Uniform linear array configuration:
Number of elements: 12
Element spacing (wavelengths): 0.25
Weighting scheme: blackman
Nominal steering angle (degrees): -60
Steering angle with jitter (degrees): -60.463
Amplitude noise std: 0.05
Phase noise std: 0.05

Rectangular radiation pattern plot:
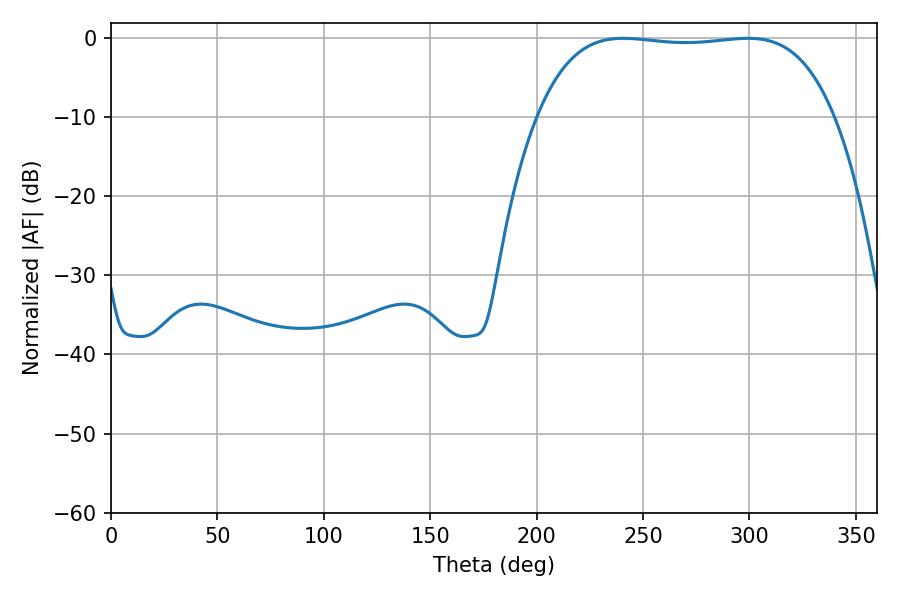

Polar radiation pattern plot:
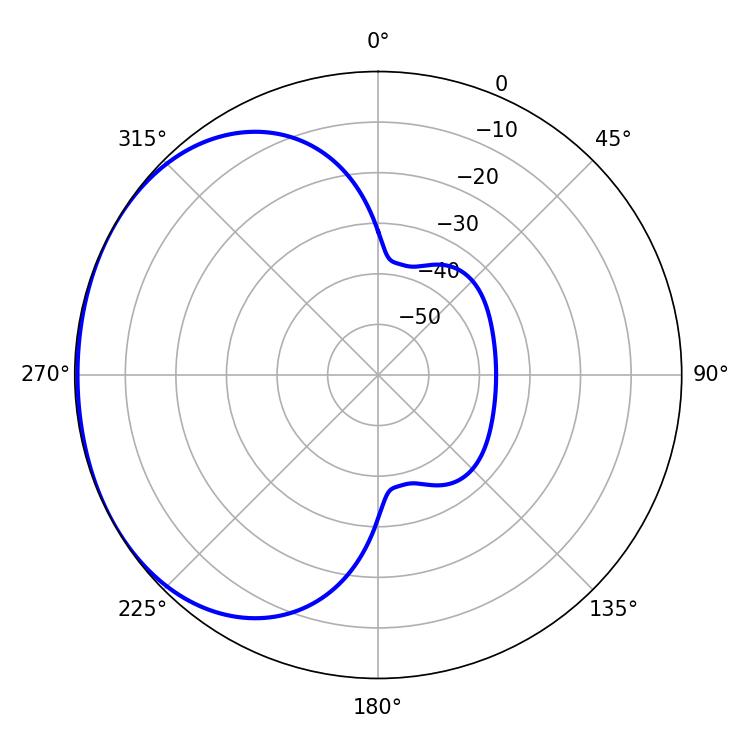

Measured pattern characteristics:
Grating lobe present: FALSE
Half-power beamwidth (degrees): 109.8
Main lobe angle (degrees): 240.66